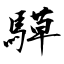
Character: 騲